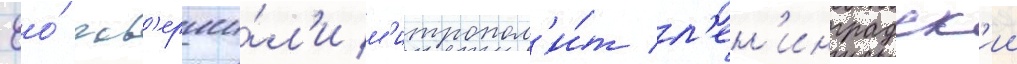
Ео́ сов'ерши́л'и м'итропол'и́т л'ен'инградск'ии